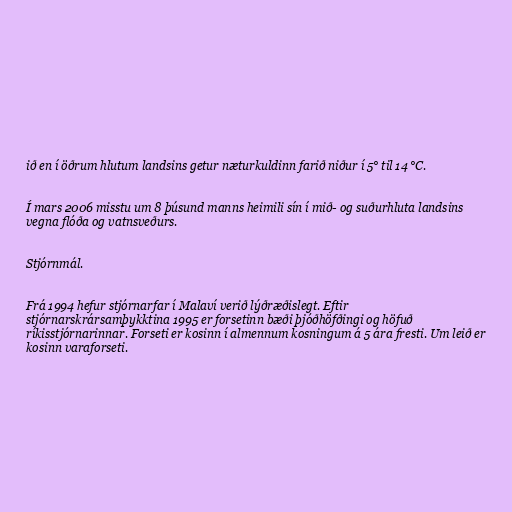
ið en í öðrum hlutum landsins getur næturkuldinn farið niður í 5° til 14 °C.

Í mars 2006 misstu um 8 þúsund manns heimili sín í mið- og suðurhluta landsins
vegna flóða og vatnsveðurs.

Stjórnmál.

Frá 1994 hefur stjórnarfar í Malaví verið lýðræðislegt. Eftir
stjórnarskrársamþykktina 1995 er forsetinn bæði þjóðhöfðingi og höfuð
ríkisstjórnarinnar. Forseti er kosinn í almennum kosningum á 5 ára fresti. Um leið er
kosinn varaforseti.